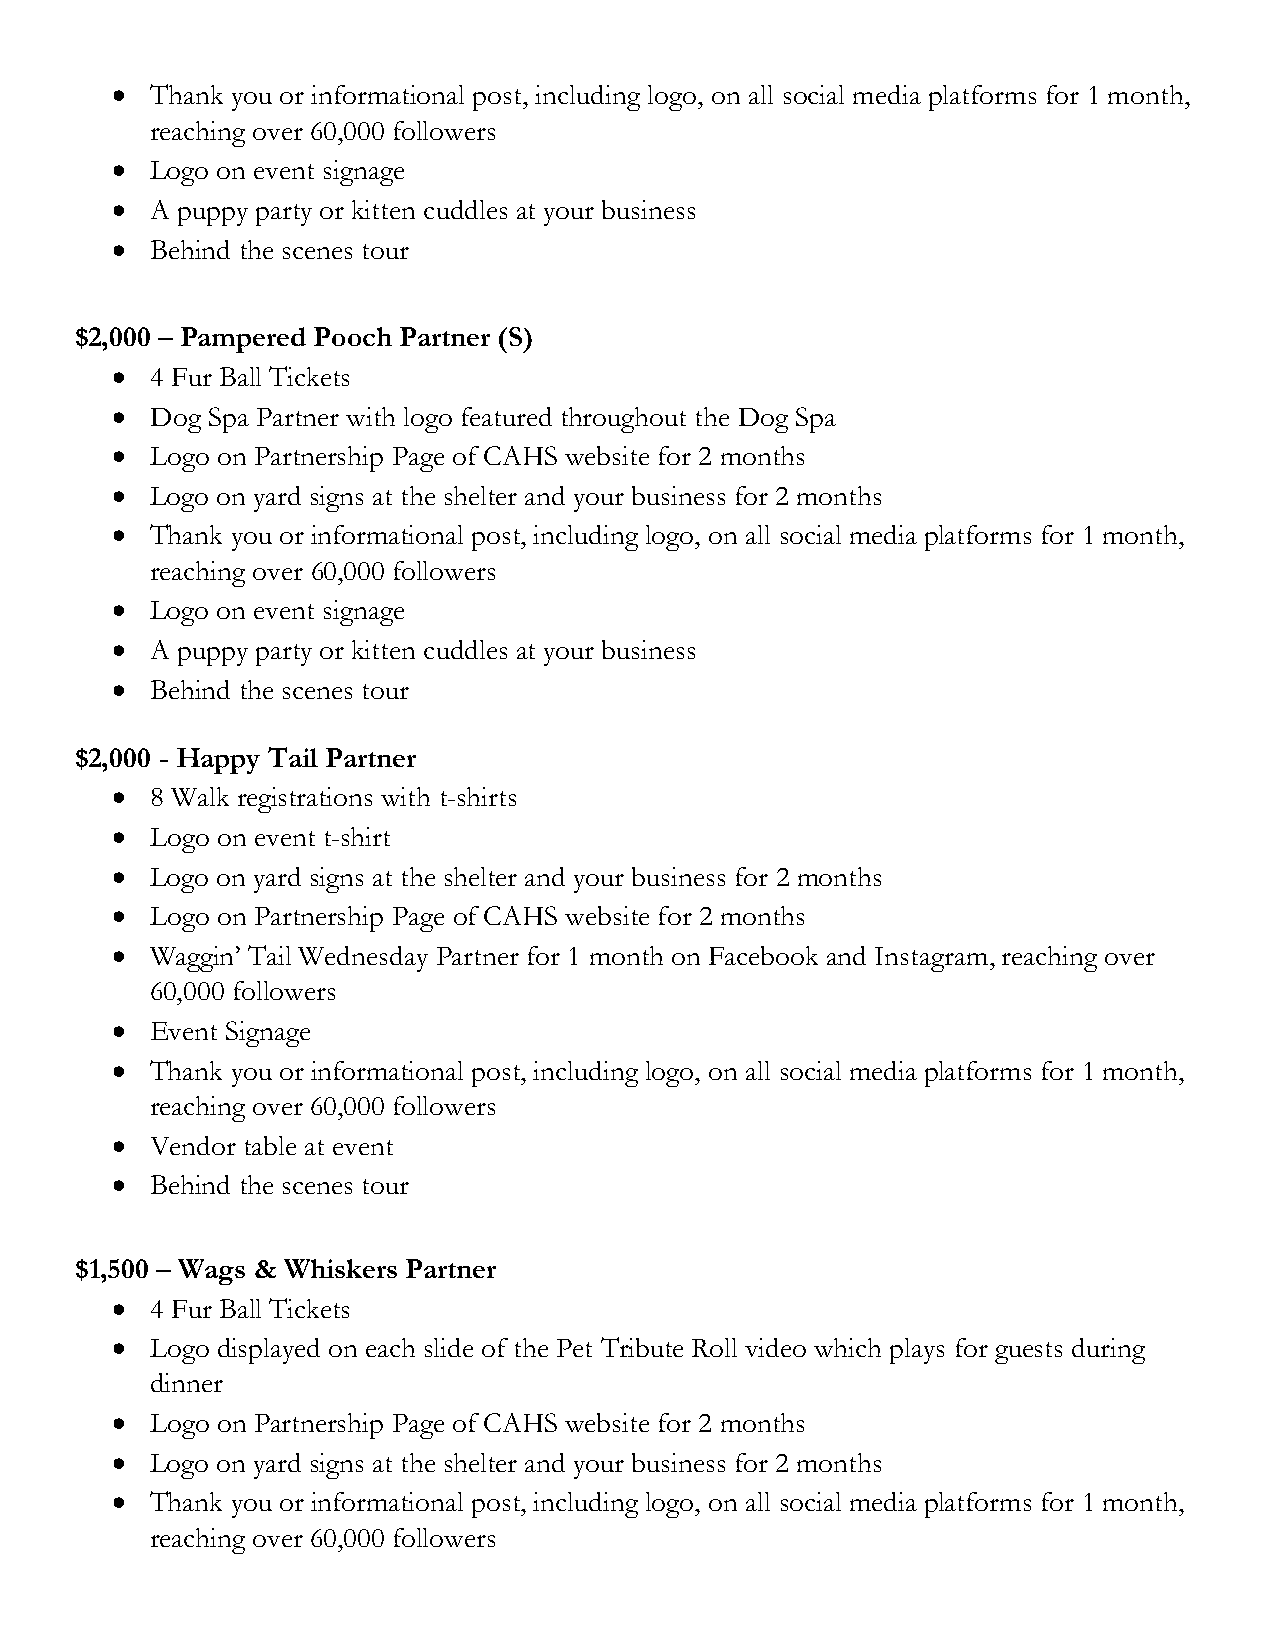
  Thank you or informational post, including logo, on all social media platforms for 1 month,
 reaching over 60,000 followers
   Logo on event signage
   A puppy party or kitten cuddles at your business
   Behind the scenes tour
 $2,000 – Pampered Pooch Partner (S)
   4 Fur Ball Tickets
   Dog Spa Partner with logo featured throughout the Dog Spa
   Logo on Partnership Page of CAHS website for 2 months
   Logo on yard signs at the shelter and your business for 2 months
   Thank you or informational post, including logo, on all social media platforms for 1 month,
 reaching over 60,000 followers
   Logo on event signage
   A puppy party or kitten cuddles at your business
   Behind the scenes tour
 $2,000 - Happy Tail Partner
   8 Walk registrations with t-shirts
   Logo on event t-shirt
   Logo on yard signs at the shelter and your business for 2 months
   Logo on Partnership Page of CAHS website for 2 months
   Waggin’ Tail Wednesday Partner for 1 month on Facebook and Instagram, reaching over
 60,000 followers
   Event Signage
   Thank you or informational post, including logo, on all social media platforms for 1 month,
 reaching over 60,000 followers
   Vendor table at event
   Behind the scenes tour
 $1,500 – Wags & Whiskers Partner
   4 Fur Ball Tickets
   Logo displayed on each slide of the Pet Tribute Roll video which plays for guests during
 dinner
   Logo on Partnership Page of CAHS website for 2 months
   Logo on yard signs at the shelter and your business for 2 months
   Thank you or informational post, including logo, on all social media platforms for 1 month,
 reaching over 60,000 followers